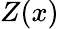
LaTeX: Z(x)